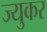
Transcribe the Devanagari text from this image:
ज्युकर